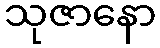
သုဇာနော